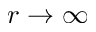
r \rightarrow \infty